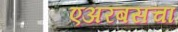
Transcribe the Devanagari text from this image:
एअरबसचा